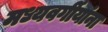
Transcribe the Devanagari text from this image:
मध्यवर्गीयांना